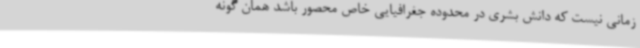
زمانی نیست که دانش بشری در محدوده جغرافیایی خاص محصور باشد همان گونه